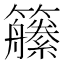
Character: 𱸱